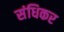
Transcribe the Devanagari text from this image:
संधिकर